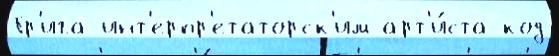
Гр'ига инт'ерпр'етаторск'им арт'и́ста код